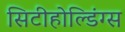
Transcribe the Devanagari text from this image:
सिटीहोल्डिंग्स